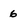
Character: 6